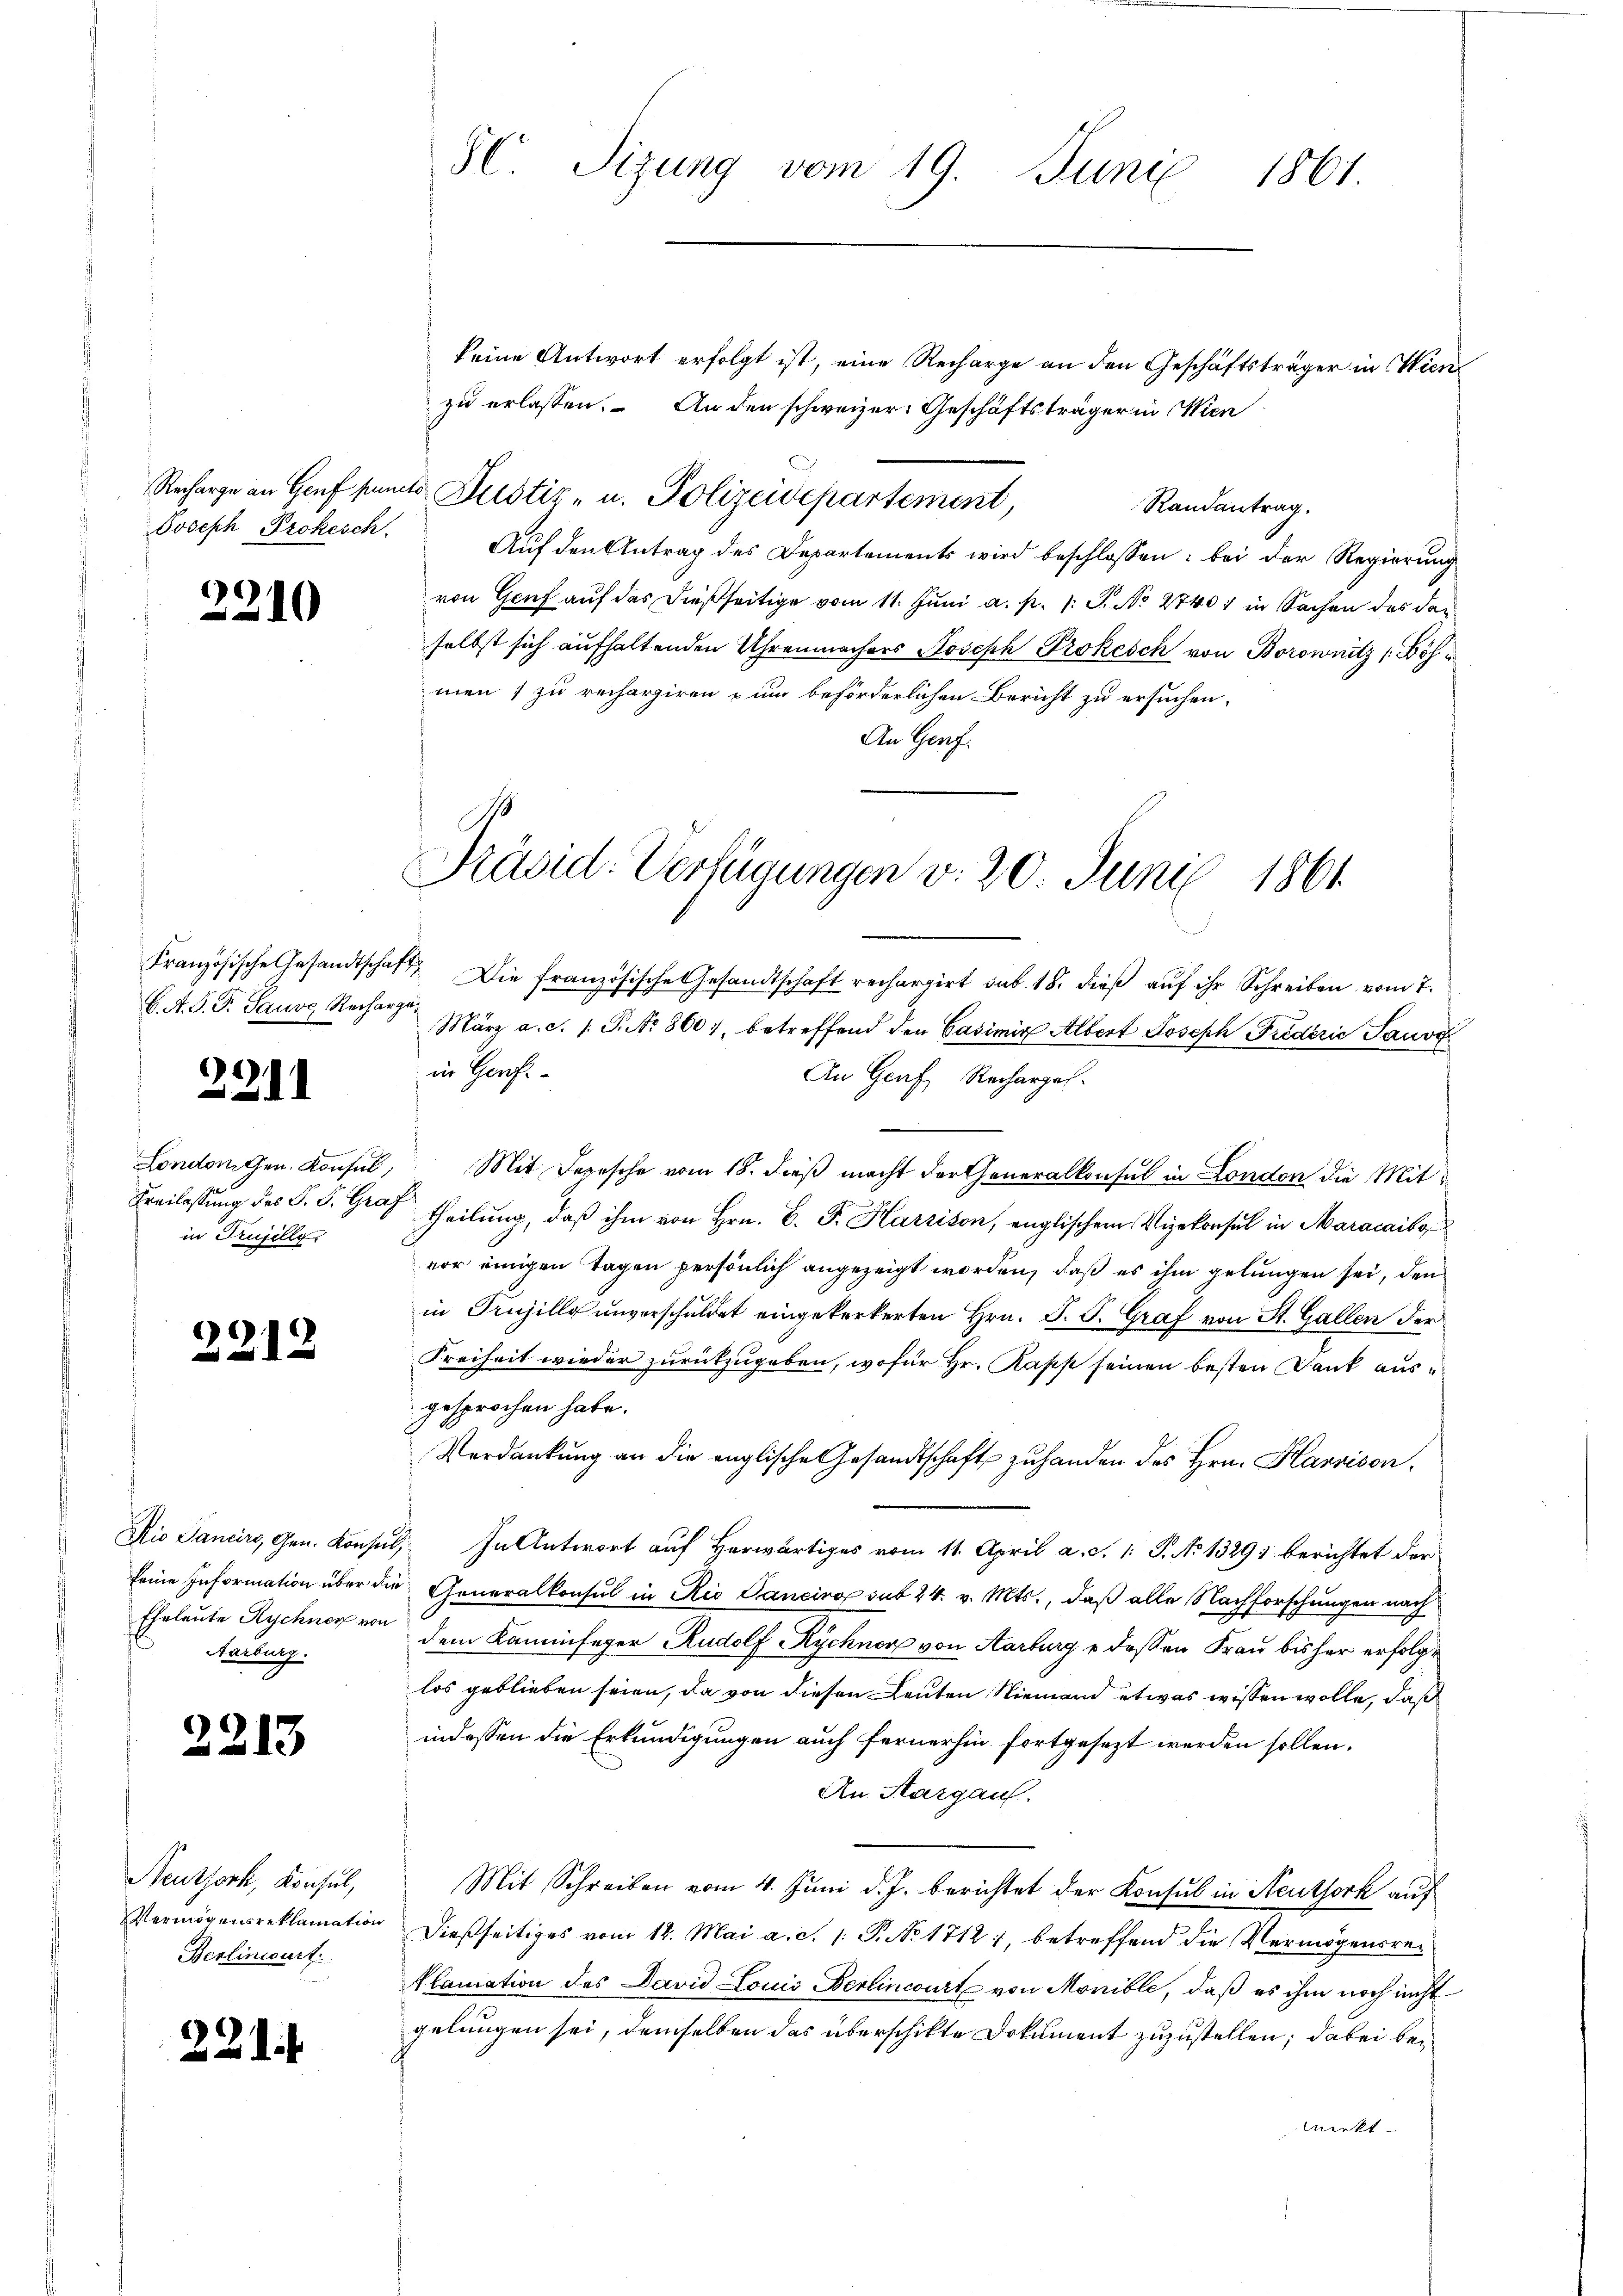
Recharge an Genf punc
Joseph Prokesch.

22.

2210

C. A. D. P. Sause Recharg

321

Londoniten. Konsul,
Freilassung des S. S. Graz
in Trusillg.

22.

Rio Sancirs, Gen. Konsul
seine Information über die
Eheleute Rychnorf von
Aarburg.

21

13

Neutjork, Konsul,
Vermögensreklamation
Berliniert.

SC. Sizung vom 19. Juni
1861.

keine Antwort erfolgt ist, eine Recharge an den Geschäftsträger in Wien
zu erlassen. An den schweizer Geschäftsträger in Wien
4. Justiz- u. Polizeisepartement,
Randantrag.
Auf den Antrag des Departements wird beschlossen: bei der Regierung
von Genf auf das dießseitige vom 11. Juni a. p. 1 S. No 27401 in Sachen des der
selbst sich aufhaltenden Uhrenmachers Joseph Prokesch von Borownitz (Böhmen 1 zu rechargiren zum beförderlichen Bericht zu ersuchen.
An Genf.

Präsid. Verfügungen v. 20. Juni 1861

Französische Gesandtschaft. Die französische Gesandtschaft rechargirt sub. 18. dieß auf ihr Schreiben vom 7.
a
März a. c. 1. P. Nr. 860), betreffend den Casimir Albert Joseph Friderić Sausz
in Gorf.
An Graf Recharges.
Mit Depesche vom 18. dieß macht der Generalkonsul in London die Mittheilung, daß ihm von Hrn. B. P. Harrison, englischem Vizekonsul in Maracaibo
vor einigen Tagen persönlich angezeigt worden, daß es ihm gelungen sei, den
in Kujilly unverschuldet eingekerkerten Hrn. J. J. Graf von St. Gallen der
Freiheit wieder zurückzugeben, wofür Hr. Rapp seinen besten Dank ausgesprochen habe.
Verdankung an die englische Gesandtschaft zu handen des Hrn. Harnison,
In Antwort auf Herwärtiges vom 11. April a. S. 1. P. No 1329) berichtet der
Generalkonsul in Rie Janeiro sub 24. v. Mts., daß alle Nachforschungen nach
dem Kaminfeger Rudolf Rychner von Aarburg e dessen Frau bisher erfolge
los geblieben seien, da von diesen Leuten Niemand etwas wissen wolle, daß
indessen die Erkundigungen auch fernerhin fortgesezt werden sollen.
An Aargau.
Mit Schreiben vom 4. Juni d. J. berichtet der Konsul in Reuthork auf
Dießseitiges vom 12. Mai a. c. 1. P. No. 1712), betreffend die Vermögensreklamation des David Louis Berlincourt von Monible, daß es ihm noch nicht
gelungen sei, demselben das überschikte Dokument zuzustellen; dabei bewirkt.